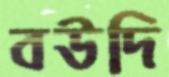
বউদি